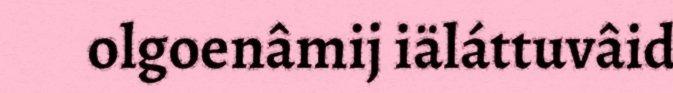
olgoenâmij iäláttuvâid